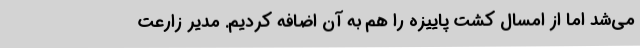
می‌شد اما از امسال کشت پاییزه را هم به آن اضافه کردیم. مدیر زارعت